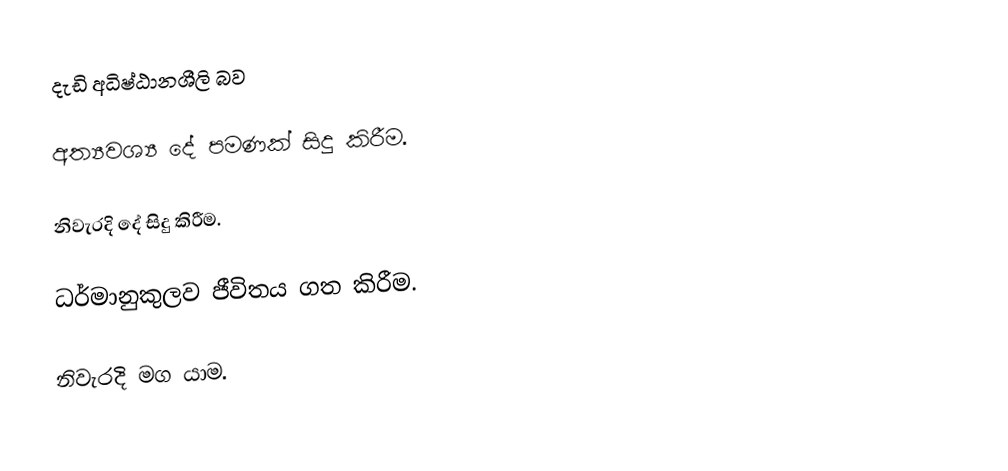
දැඩි අධිෂ්ඨානශීලි බව

අත්‍යවශ්‍ය දේ පමණක් සිදු කිරීම.

නිවැරදි දේ සිදු කිරීම.

ධර්මානුකුලව ජීවිතය ගත කිරීම.

නිවැරදි මග යාම.